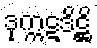
ဒုက္ကဋဒိဋ္ဌိ